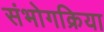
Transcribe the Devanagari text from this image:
संभोगक्रिया